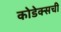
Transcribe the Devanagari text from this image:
कोडेक्सची